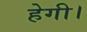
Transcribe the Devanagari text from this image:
हेगी।